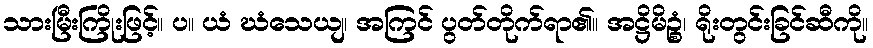
သားမြီးကြိုးဖြင့်။ ပ။ ယံ ဃံသေယျ၊ အကြင် ပွတ်တိုက်ရာ၏။ အဋ္ဌိမိဉ္စံ၊ ရိုးတွင်းခြင်ဆီကို။